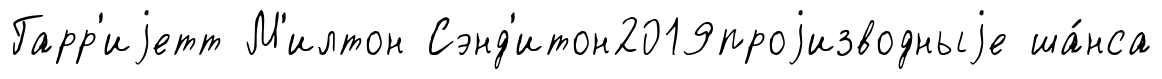
Гарр'иjетт М'илтон Сэнд'итон2019проjизводныjе ша́нса